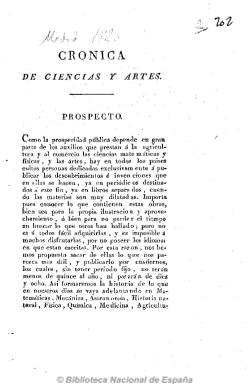
Título: Crónica de ciencias y artes
Colección: Cultura
Ámbito geográfico: Madrid
Lugar de publicación: Madrid
Fechas: 01/07/1820-01/07/1820

Revista dedicada a la divulgación de artículos sobre mecánica, historia natural, física y química, medicina, agricultura, artes industriales, comercio, descubrimientos e invenciones útiles, según su prospecto; algunos son traducciones y otros son extractados de otros periódicos. Con una tendencia liberal, se conoce la existencia de una colección de esta publicación formada por un único tomo, que fue estampado en la imprenta de El Censor a partir del verano de 1820, y que no debió superar su aparición ese mismo año. En su prospecto, de 1 de julio de 1820, señala que publicaría entre 15 y 18 números anuales, de unas 80 páginas cada uno.